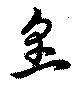
烹